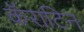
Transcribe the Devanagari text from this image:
कॅराटिन